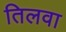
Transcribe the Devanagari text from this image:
तिलवा